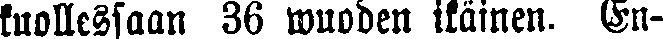
kuollessaan 36 vuoden ikäinen. En-